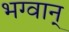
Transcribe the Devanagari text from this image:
भग्वान्